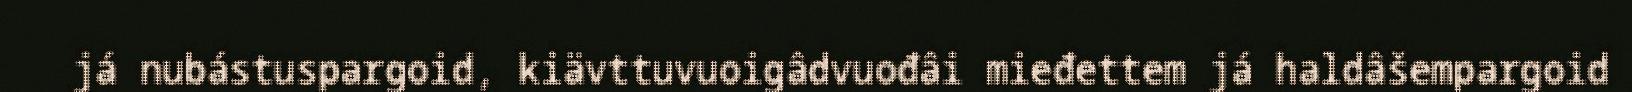
já nubástuspargoid, kiävttuvuoigâdvuođâi mieđettem já haldâšempargoid